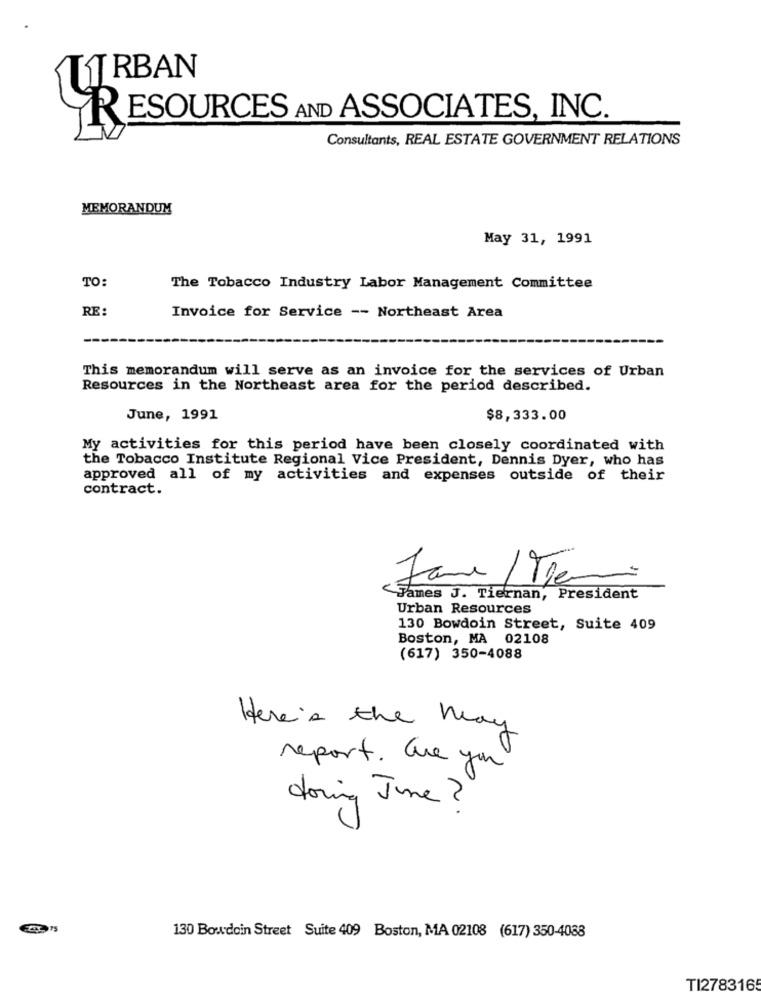
URBAN
RESOURCES AND ASSOCIATES, INC.
Consultants, REAL ESTATE GOVERNMENT RELATIONS
MEMORANDUM
May 31, 1991
TO:
The Tobacco Industry Labor Management Committee
RE:
Invoice for Service -- Northeast Area
This memorandum will serve as an invoice for the services of Urban
Resources in the Northeast area for the period described.
June, 1991
$8,333.00
My activities for this period have been closely coordinated with
the Tobacco Institute Regional Vice President, Dennis Dyer, who has
approved all of my activities and expenses outside of their
contract.
Jane / Temi
James J. Tiernan, President
Urban Resources
130 Bowdoin Street, Suite 409
Boston, MA 02108
(617) 350-4088
Here's the May
report . are you
doing June?
130 Bowdoin Street Suite 409 Boston, MA 02108 (617) 350-4038
TI2783165